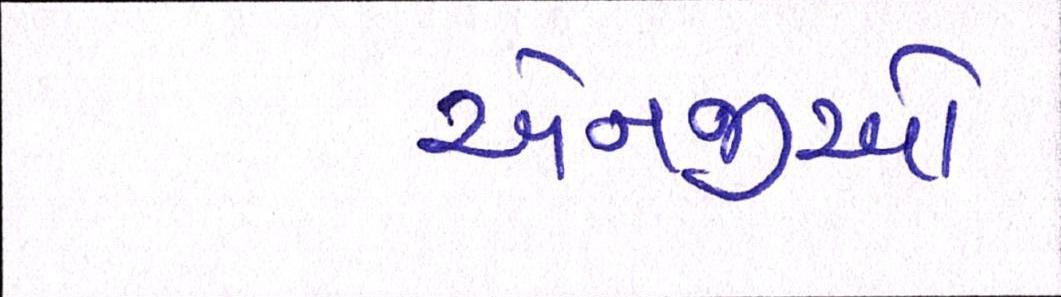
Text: એનજીઓ